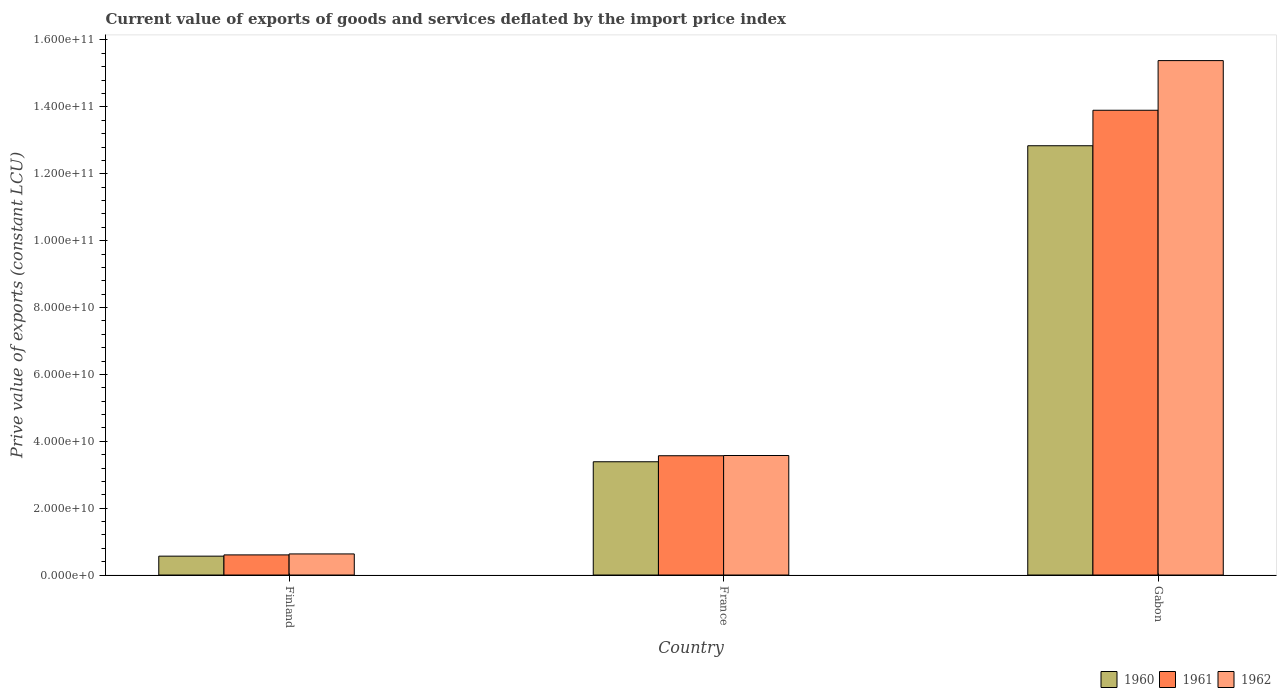
| Country | 1960 | 1961 | 1962 |
 | --- | --- | --- | --- |
 | Finland | 5.65e+09 | 6.02e+09 | 6.31e+09 |
 | France | 3.39e+10 | 3.57e+10 | 3.57e+10 |
 | Gabon | 1.28e+11 | 1.39e+11 | 1.54e+11 |